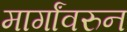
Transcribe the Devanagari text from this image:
मार्गांवरुन